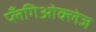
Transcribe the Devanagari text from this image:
प्लँगिओक्लेज